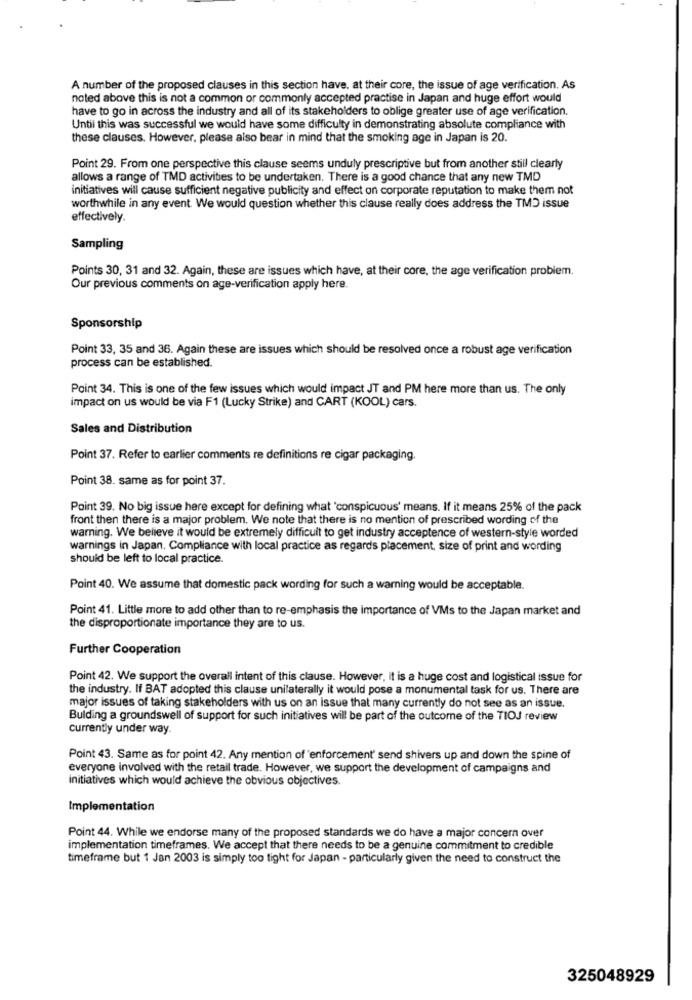
A number of the proposed clauses in this section have. at their core, the issue of age verification. As
noted above this is not a common or commonly accepted practise in Japan and huge effort would
have to go in across the industry and all of its stakeholders to oblige greater use of age verification.
Until this was successful we would have some difficulty in demonstrating absolute compliance with
these clauses. However, please also bear in mind that the smoking age in Japan is 20.
Point 29. From one perspective this clause seems unduly prescriptive but from another still clearly
allows a range of TMD activities to be undertaken. There is a good chance that any new TMD
initiatives will cause sufficient negative publicity and effect on corporate reputation to make them not
worthwhile in any event. We would question whether this clause really does address the TMD issue
effectively.
Sampling
Points 30, 31 and 32. Again, these are issues which have, at their core, the age verification problem.
Our previous comments on age-verification apply here.
Sponsorship
Point 33, 35 and 36. Again these are issues which should be resolved once a robust age verification
process can be established.
Point 34. This is one of the few issues which would impact JT and PM here more than us. The only
impact on us would be via F1 (Lucky Strike) and CART (KOOL) cars.
Sales and Distribution
Point 37. Refer to earlier comments re definitions re cigar packaging.
Point 38. same as for point 37.
Point 39. No big issue here except for defining what 'conspicuous' means. If it means 25% of the pack
front then there is a major problem. We note that there is no mention of prescribed wording of the
warning. We believe it would be extremely difficult to get industry acceptence of western-style worded
warnings in Japan. Compliance with local practice as regards placement, size of print and wording
should be left to local practice.
Point 40. We assume that domestic pack wording for such a warning would be acceptable.
Point 41. Little more to add other than to re-emphasis the importance of VMs to the Japan market and
the disproportionate importance they are to us.
Further Cooperation
Point 42. We support the overall intent of this clause. However, it is a huge cost and logistical issue for
the industry. If BAT adopted this clause unilaterally it would pose a monumental task for us. There are
major issues of taking stakeholders with us on an issue that many currently do not see as an issue.
Bulding a groundswell of support for such initiatives will be part of the outcome of the TIOJ review
currently under way
Point 43. Same as for point 42. Any mention of 'enforcement' send shivers up and down the spine of
everyone involved with the retail trade. However, we support the development of campaigns and
initiatives which would achieve the obvious objectives.
Implementation
Point 44. While we endorse many of the proposed standards we do have a major concern over
implementation timeframes. We accept that there needs to be a genuine commitment to credible
timeframe but 1 Jan 2003 is simply too tight for Japan - particularly given the need to construct the
325048929